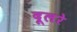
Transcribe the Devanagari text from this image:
दूलरे